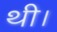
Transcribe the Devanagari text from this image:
थी।